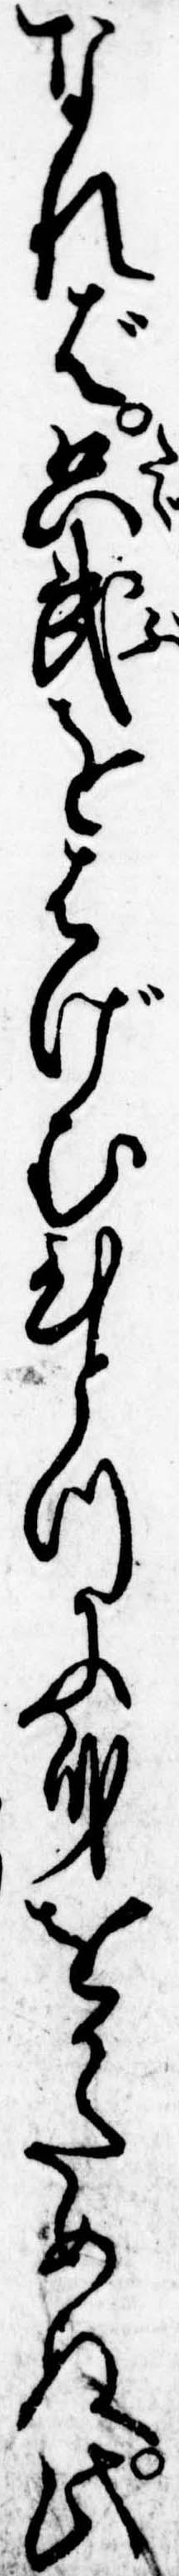
なれば只武をはげむひとつに身をかためぬ此